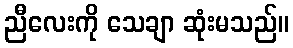
ညီလေးကို သေချာ ဆုံးမသည်။